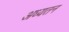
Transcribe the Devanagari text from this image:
अध्यतन